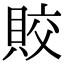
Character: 賋